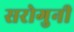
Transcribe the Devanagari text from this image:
सरोगुनी